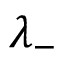
\lambda _ { - }